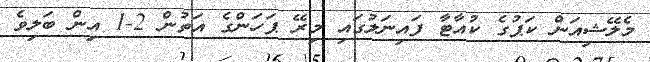
މެލޭޝިއަން ކަޕުގެ ކުއާޓާ ފައިނަލުގައި މިރޭ ޕަހަންގެ އަތުން 2-1 އިން ބަލިވެ